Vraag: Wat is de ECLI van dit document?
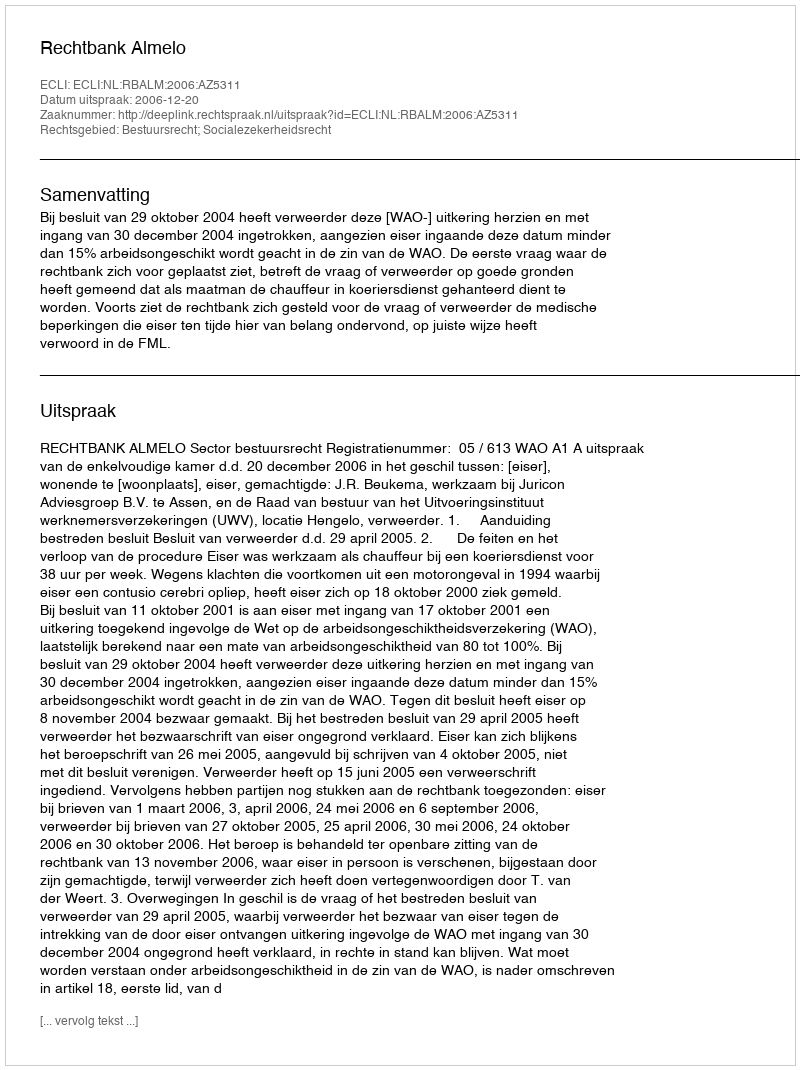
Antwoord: ECLI:NL:RBALM:2006:AZ5311